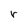
Character: r